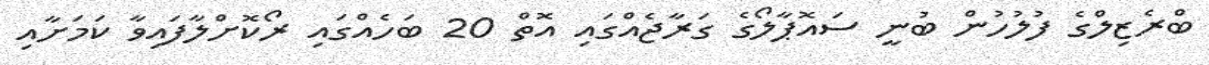
ބްރެޒިލްގެ ފުލުހުން ބުނީ ސައޮޕާލޯގެ ގަރާޖެއްގައި އޮތް 20 ބަހެއްގައި ރޯކޮށްލާފައިވާ ކަމަށާއި